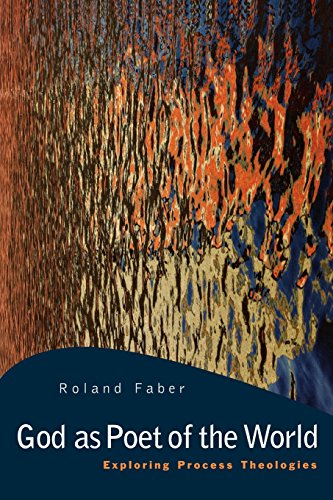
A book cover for God as Poet of the World: Exploring Process Theologies; Roland Faber; Christian Books & Bibles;